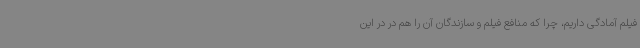
فیلم آمادگی داریم، چرا که منافع فیلم و سازندگان آن را هم در در این